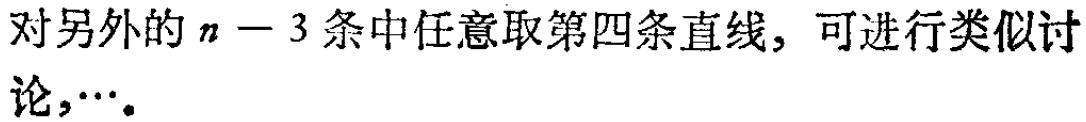
对另外的 \(n - 3\) 条中任意取第四条直线，可进行类似讨论，\(\cdots\)。